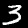
Digit: 3